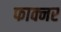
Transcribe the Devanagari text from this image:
फाक्नर